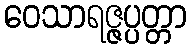
ဝေသာရဇ္ဇပ္ပတ္တာ